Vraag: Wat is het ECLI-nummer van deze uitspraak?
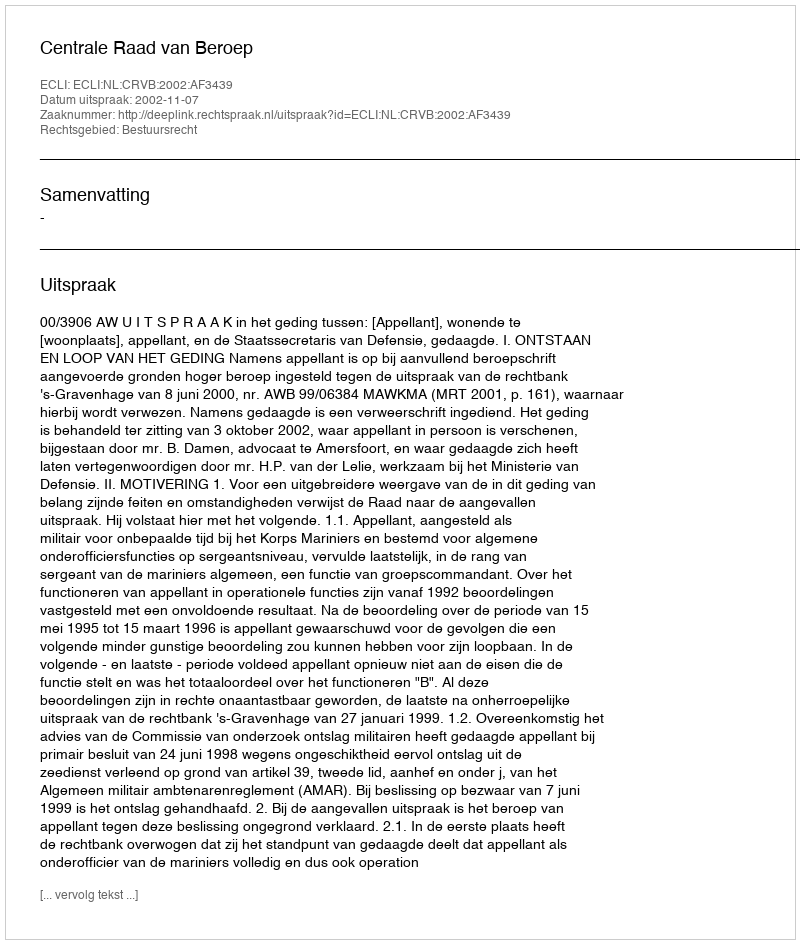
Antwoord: ECLI:NL:CRVB:2002:AF3439